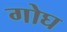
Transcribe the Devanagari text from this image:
गोघ